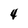
Character: 4